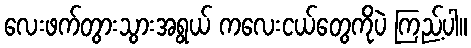
လေးဖက်တွားသွားအရွယ် ကလေးငယ်တွေကိုပဲ ကြည့်ပါ။